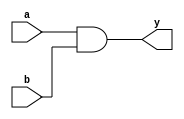
//1) GATES

module and_gate(a,b,y);
    input a,b;
    output y;
    assign y=a&b;
endmodule

module or_gate(a,b,y);
    input a,b;
    output y;
    assign y=a|b;
endmodule

module xor_gate(a,b,y);
    input a,b;
    output y;
    assign y=a^b;
endmodule

module not_gate(a,y);
    input a;
    output y;
    assign y=~a;
endmodule

module nand_gate(a,b,y);
    input a,b;
    output y;
    assign y=~(a&b);
endmodule

module nor_gate(a,b,y);
    input a,b;
    output y;
    assign y=~(a|b);
endmodule

module exnor_gate(a,b,y);
    input a,b;
    output y;
    assign y=~(a^b);
endmodule

module driver;
    reg a,b;
    wire AND,OR,XOR,NOT,NAND,NOR,EXNOR;
    and_gate gate1(a,b,AND);
    or_gate gate2(a,b,OR);
    xor_gate gate3(a,b,XOR);
    not_gate gate4(a,NOT);
    nand_gate gate5(a,b,NAND);
    nor_gate gate6(a,b,NOR);
    exnor_gate gate7(a,b,EXNOR);
    initial begin
        a=0; b=0;
        #10
        a=0; b=1;
        #10
        a=1; b=0;
        #10
        a=1; b=1;
        #10
        $finish;
    end
    
    initial begin
        $dumpfile("test.vcd");
        $dumpvars(0,driver);
        $display("a\tb\tAND\tOR\tXOR\tNOT\tNAND\tNOR\tEXNOR");
        $monitor("%d\t%d\t%d\t%d\t%d\t%d\t%d\t%d\t%d",a,b,AND,OR,XOR,NOT,NAND,NOR,EXNOR);
    end
endmodule